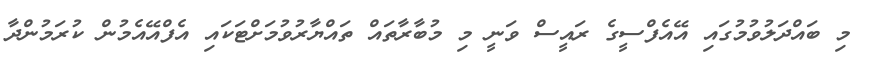
މި ބައްދަލުވުމުގައި އޭއެފްސީގެ ރައީސް ވަނީ މި މުބާރާތައް ތައްޔާރުވުމަށްޓަކައި އެފްއޭއެމުން ކުރަމުންދާ